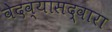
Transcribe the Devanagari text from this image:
वेदव्यासद्वारा